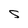
Character: S